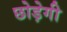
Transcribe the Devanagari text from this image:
छोड़ेगी